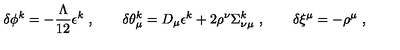
\delta \phi ^ { k } = - \frac { \Lambda } { 1 2 } \epsilon ^ { k } \ , \qquad \delta \theta _ { \mu } ^ { k } = D _ { \mu } \epsilon ^ { k } + 2 \rho ^ { \nu } \Sigma _ { \nu \mu } ^ { k } \ , \qquad \delta \xi ^ { \mu } = - \rho ^ { \mu } \ ,